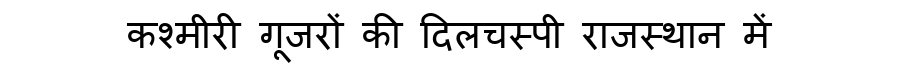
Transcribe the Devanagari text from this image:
कश्मीरी गूजरों की दिलचस्पी राजस्थान में